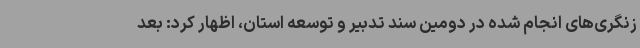
زنگری‌های انجام شده در دومین سند تدبیر و توسعه استان، اظهار کرد: بعد